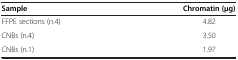
| Sample | Chromatin (μg) |
 | --- | --- |
 | FFPE sections (n.4) | 4.82 |
 | CNBs (n.4) | 3.50 |
 | CNBs (n.1) | 1.97 |